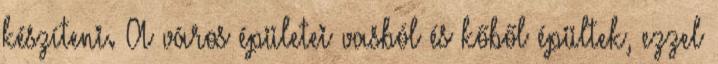
készíteni. A város épületei vasból és kőből épültek, ezzel